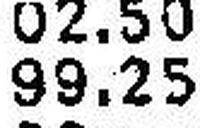
99.25